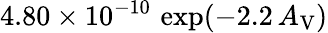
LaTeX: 4.80\times 10^{-10}\, \exp(-2.2\, A_{\mathrm{V}})